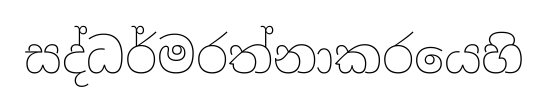
සද්ධර්මරත්නාකරයෙහි